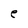
Character: e